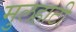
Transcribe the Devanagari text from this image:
मुलहाटी